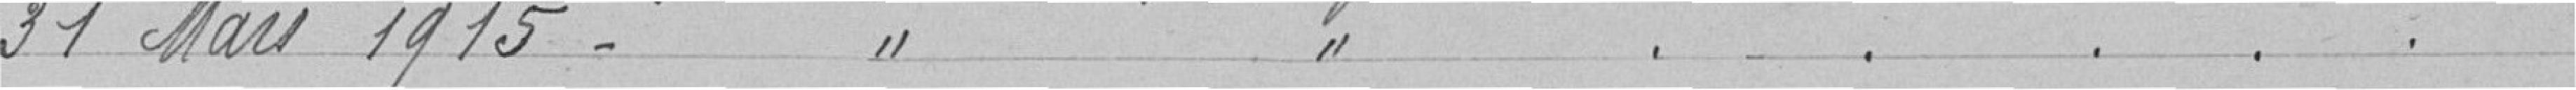
31 Mars 1915-  //           // ....           29.50